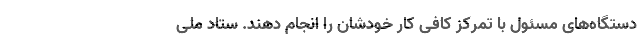
دستگاه‌های مسئول با تمرکز کافی کار خودشان را انجام دهند. ستاد ملی